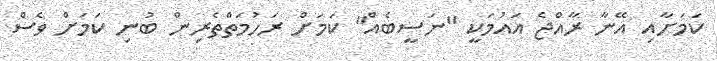
ކަމަށާއި އޭނާ ރާއްޖެ އައުމަކީ "ނަސީބެއް" ކަމަށް ރަހުމަތްތެރިން ބުނި ކަމަށް ވެސް